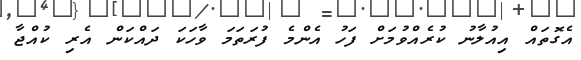
އެގޮތައް އިއުލާނު ކުރެއްވުމަށް ފަހު އެންމެ ފުރަތަަމަ ވާހަކަ ދައްކަން އެރި ކުއްޖާ